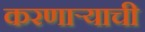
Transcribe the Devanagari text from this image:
करणार्‍याची